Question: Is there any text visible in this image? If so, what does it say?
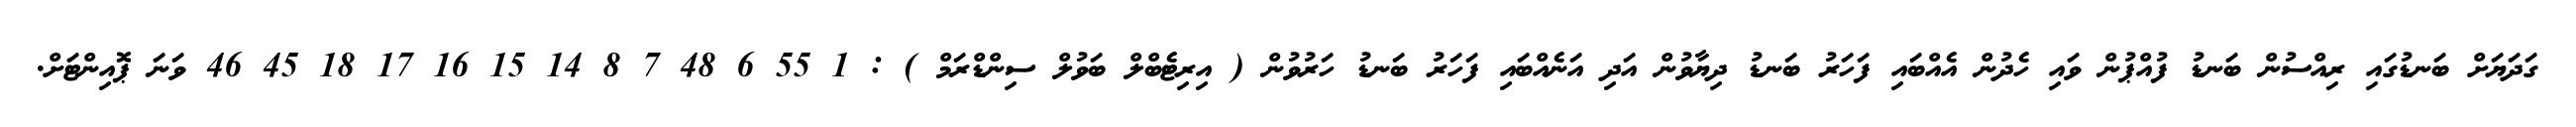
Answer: ގަދަޔަށް ބަނޑުގައި ރިއްސުން ބަނޑު ފުއްޕުން ވައި ހެދުން އެއްބައި ފަހަރު ބަނޑު ދިޔާވުން އަދި އަނެއްބައި ފަހަރު ބަނޑު ހަރުވުން ( އިރިޓެބްލް ބަވުލް ސިންޑްރަމް ) : 1 55 6 48 7 8 14 15 16 17 18 45 46 ވަނަ ޕޮއިންޓަށް.